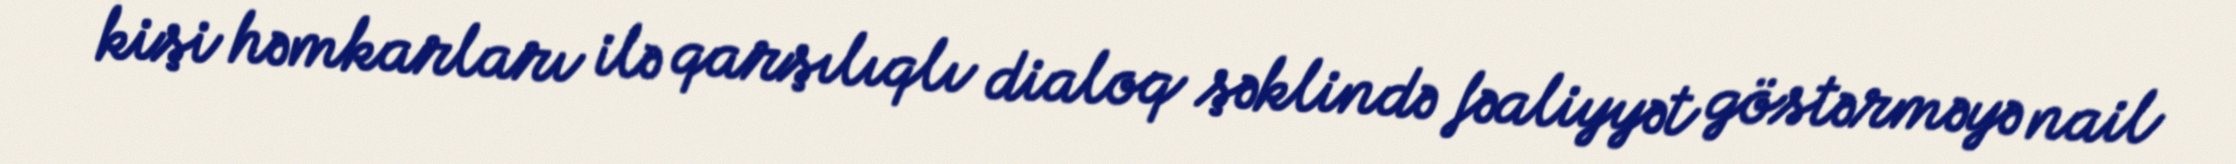
kişi həmkarları ilə qarşılıqlı dialoq şəklində fəaliyyət göstərməyə nail